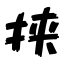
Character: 挟